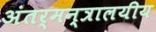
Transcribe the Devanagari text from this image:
अंतर्मन्त्रालयीय